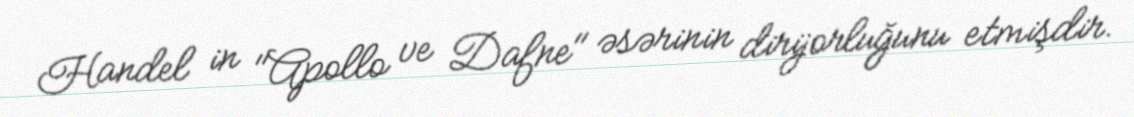
Handel in "Apollo ve Dafne" əsərinin dirijorluğunu etmişdir.